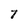
Character: 7